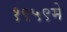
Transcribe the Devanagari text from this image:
१९५९मे